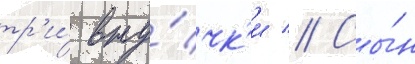
тр'и́ вну́чк'и // Сы́н